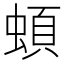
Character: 蝢